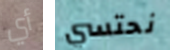
أي نحتسي